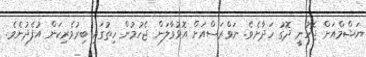
ޔަޝްމްއަށް ޖެހުނީ ދޮގު ހަދާށެވެ. ނަވްރަސްއަށް އޮޅުވާލަން ޖެހުމުން ހިތުގައި ބިރުވެރިކަން އުފެދުނެވެ.